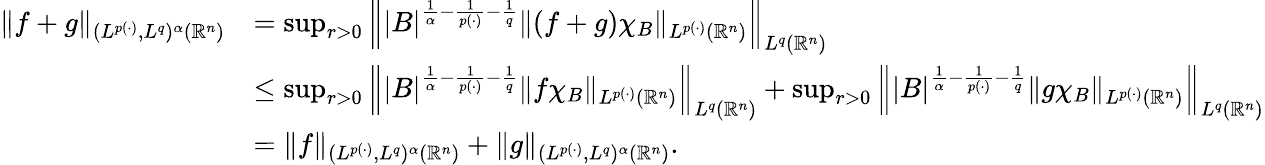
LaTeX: \begin{array}{rl}{\| f+g\| _{(L^{p(\cdot)},L^{q})^{\alpha}(\mathbb{R}^{n})}}&{=\operatorname*{sup}_{r>0}\left\| |B|^{\frac{1}{\alpha}-\frac{1}{p(\cdot)}-\frac{1}{q}}\| (f+g)\chi_{B}\| _{L^{p(\cdot)}(\mathbb{R}^{n})}\right\| _{L^{q}(\mathbb{R}^{n})}}\\ &{\leq\operatorname*{sup}_{r>0}\left\| |B|^{\frac{1}{\alpha}-\frac{1}{p(\cdot)}-\frac{1}{q}}\| f\chi_{B}\| _{L^{p(\cdot)}(\mathbb{R}^{n})}\right\| _{L^{q}(\mathbb{R}^{n})}+\operatorname*{sup}_{r>0}\left\| |B|^{\frac{1}{\alpha}-\frac{1}{p(\cdot)}-\frac{1}{q}}\| g\chi_{B}\| _{L^{p(\cdot)}(\mathbb{R}^{n})}\right\| _{L^{q}(\mathbb{R}^{n})}}\\ &{=\| f\| _{(L^{p(\cdot)},L^{q})^{\alpha}(\mathbb{R}^{n})}+\| g\| _{(L^{p(\cdot)},L^{q})^{\alpha}(\mathbb{R}^{n})}.}\end{array}